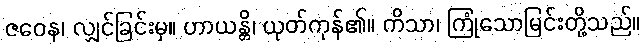
ဇဝေန၊ လျှင်ခြင်းမှ။ ဟာယန္တိ၊ ယုတ်ကုန်၏။ ကိသာ၊ ကြုံသောမြင်းတို့သည်။